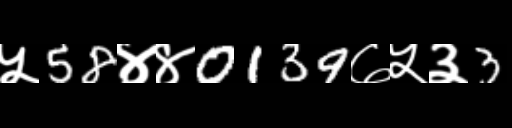
Text: ५58४४0139७५३3